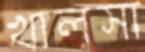
খালসা